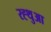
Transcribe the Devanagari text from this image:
रह्थुआ